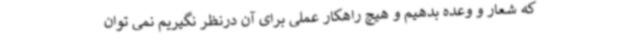
که شعار و وعده بدهیم و هیچ راهکار عملی برای آن درنظر نگیریم نمی توان